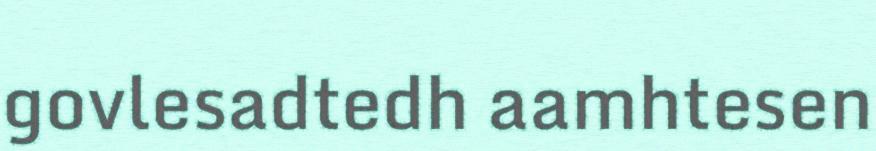
govlesadtedh aamhtesen